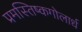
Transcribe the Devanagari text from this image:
प्रमस्तिष्कगोलार्ध